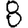
Digit: 8